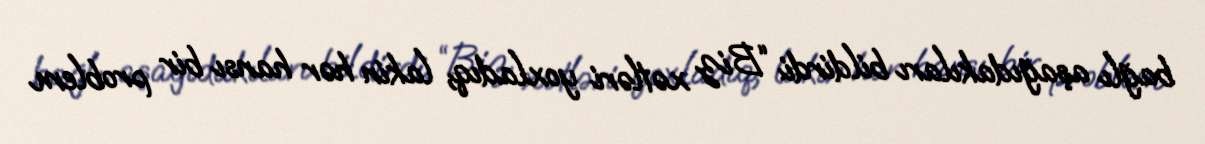
bağlı aşağıdakıları bildirdi: “Biz xətləri yoxladıq, lakin hər hansı bir problem